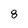
Character: 8